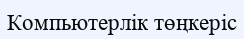
Компьютерлік төңкеріс